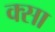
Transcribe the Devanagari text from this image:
क्सा